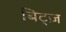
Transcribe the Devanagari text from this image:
बिट्ज़